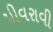
પીવરાવી